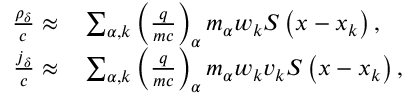
\begin{array} { r l } { \frac { \rho _ { \delta } } { c } \approx } & { { } \sum _ { \alpha , k } \left( \frac { q } { m c } \right) _ { \alpha } m _ { \alpha } w _ { k } S \left( \boldsymbol { x } - \boldsymbol { x } _ { k } \right) , } \\ { \frac { \boldsymbol { j } _ { \delta } } { c } \approx } & { { } \sum _ { \alpha , k } \left( \frac { q } { m c } \right) _ { \alpha } m _ { \alpha } w _ { k } \boldsymbol { v } _ { k } S \left( \boldsymbol { x } - \boldsymbol { x } _ { k } \right) , } \end{array}